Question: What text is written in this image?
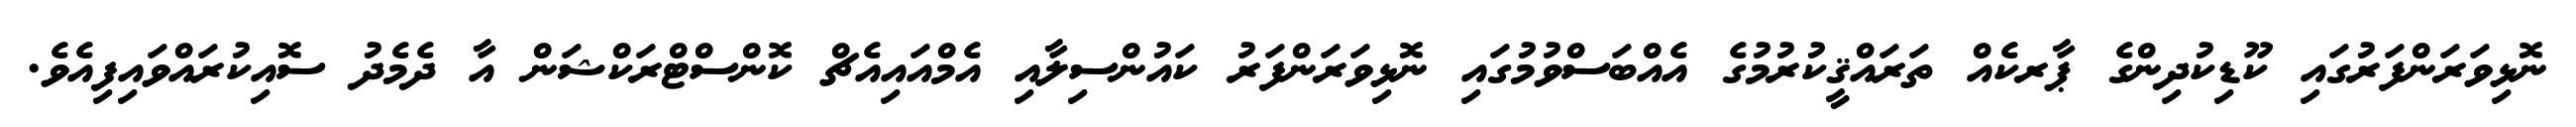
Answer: ނޮޅިވަރަންފަރުގައި ކޫޑިކުދިންގެ ޕާރކެއް ތަރައްޤީކުރުމުގެ އެއްބަސްވުމުގައި ނޮޅިވަރަންފަރު ކައުންސިލާއި އެމްއައިއެޗް ކޮންސްޓްރަކްޝަން އާ ދެމެދު ސޮއިކުރައްވައިފިއެވެ.